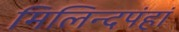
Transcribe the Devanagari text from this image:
मिलिन्दपंहां